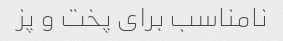
نامناسب برای پخت و پز